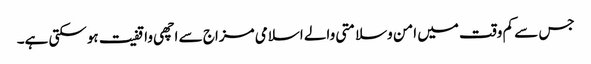
جس سے کم وقت میں امن وسلامتی والے اسلامی مزاج سے اچھی واقفیت ہوسکتی ہے۔